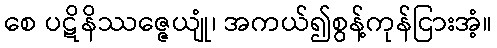
စေ ပဋိနိဿဇ္ဇေယျုံ၊ အကယ်၍စွန့်ကုန်ငြားအံ့။